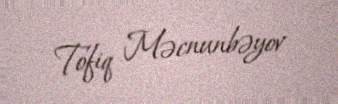
Tofiq Məcnunbəyov